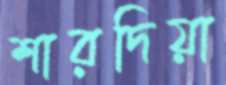
শারদিয়া